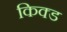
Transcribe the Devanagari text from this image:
किक्ड